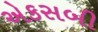
એકસબી